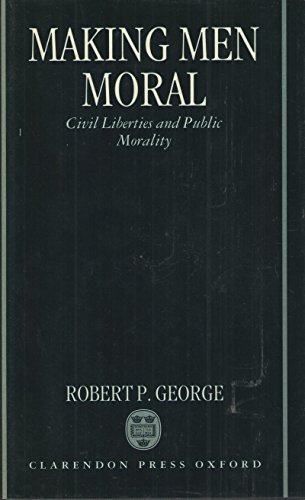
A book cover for Making Men Moral: Civil Liberties and Public Morality; Robert P. George; Law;